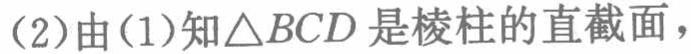
(2)由(1)知\(\triangle BCD\)是棱柱的直截面，